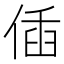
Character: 偛